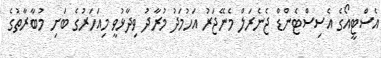
އެސްޓީއޯގެ އެސިސްޓެންޑް ޖެނެރަލް މެނޭޖަރު އަހުމަދު މުރާދު ވިދާޅުވީ މިއަހަރުގެ ބަށި މުބާރާތުގެ